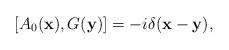
LaTeX: \begin{align*}[A_0({\bf x}),G({\bf y})] = -i\delta({\bf x-y}),\end{align*}